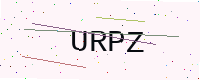
Text: URPZ